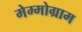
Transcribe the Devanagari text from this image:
मेम्मोग्राम